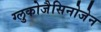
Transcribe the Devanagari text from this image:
ग्लुकोजैसिनोजेन